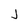
Character: j